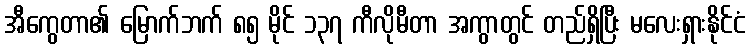
အီကွေတာ၏ မြောက်ဘက် ၈၅ မိုင် ၁၃၇ ကီလိုမီတာ အကွာတွင် တည်ရှိပြီး မလေးရှားနိုင်ငံ